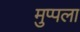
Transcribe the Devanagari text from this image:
मुप्पला